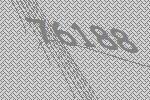
76188